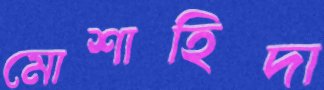
মোশাহিদা